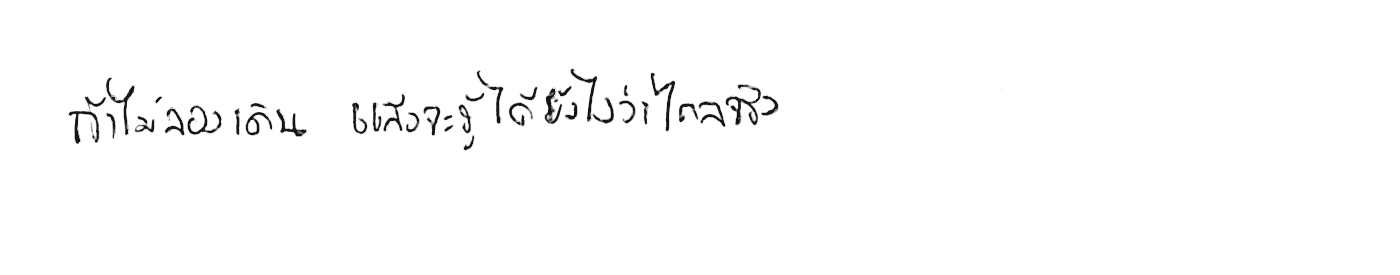
ถ้าไม่ลองเดินไป แล้วจะรู้ได้ยังไงว่าไกลจริง